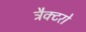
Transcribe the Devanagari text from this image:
ट्रैक्टरो